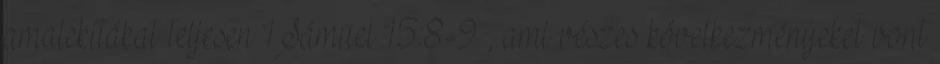
amalekitákat teljesen 1Sámuel 15:8-9 , ami vészes következményeket vont